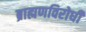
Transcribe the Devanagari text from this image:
ब्राह्मणविरोधी